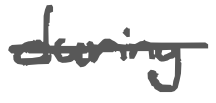
Text: during
Cross-out: single-line
Writing tool: digital_gray